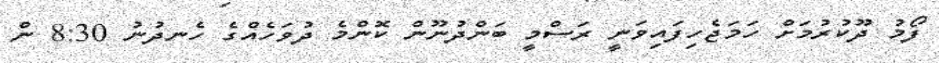
ފޯމު ދޫކުރުމަށް ހަމަޖެހިފައިވަނީ ރަސްމީ ބަންދުނޫން ކޮންމެ ދުވަހެއްގެ ހެނދުނު 8:30 ން